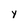
Character: y